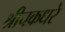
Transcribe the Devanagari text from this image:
श्रीचक्रधरे